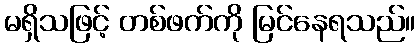
မရှိသဖြင့် တစ်ဖက်ကို မြင်နေရသည်။